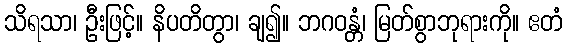
သိရသာ၊ ဦးဖြင့်။ နိပတိတွာ၊ ချ၍။ ဘဂဝန္တံ၊ မြတ်စွာဘုရားကို။ ဧတံ